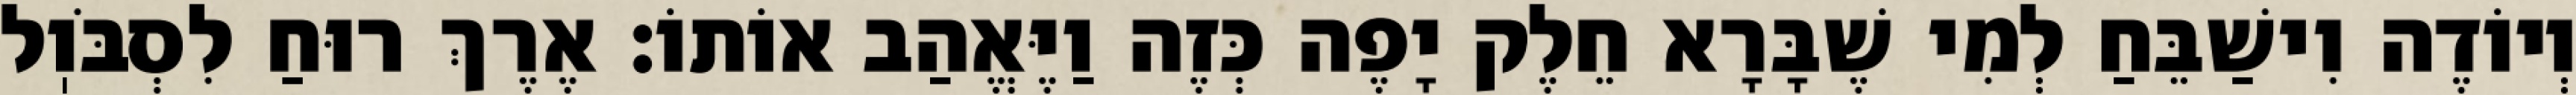
וְיוֹדֶה וִישַׁבֵּחַ לְמִי שֶׁבָּרָא חֵלֶק יָפֶה כְּזֶה וַיֶּאֱהַב אוֹתוֹ: אֶרֶךְ רוּחַ לִסְבֹּוֽל